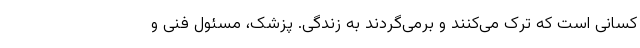
کسانی است که ترک می‌کنند و برمی‌گردند به زندگی. پزشک، مسئول فنی و